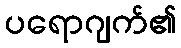
ပရောဂျက်၏